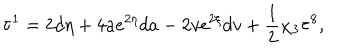
{ \bf \tau } ^ { 1 } = 2 d \eta + 4 a e ^ { 2 \eta } d a - 2 v e ^ { 2 \xi } d v + \frac { 1 } { 2 } \chi _ { 3 } { \bf \tau } ^ { 8 } ,